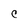
Character: C